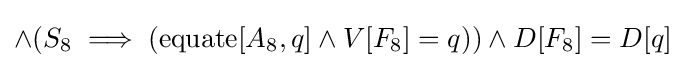
\land (S_{8}\implies (\operatorname {equate} [A_{8},q]\land V[F_{8}]=q))\land D[F_{8}]=D[q]